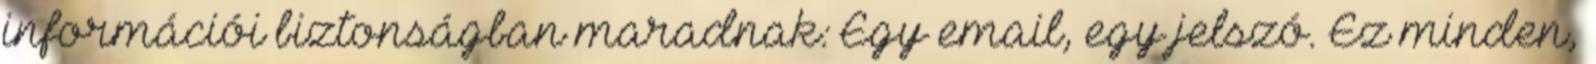
információi biztonságban maradnak: Egy email, egy jelszó. Ez minden,